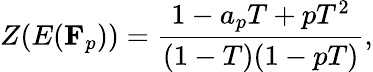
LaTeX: Z(E(\mathbf{F}_{p}))={\frac{1-a_{p}T+pT^{2}}{(1-T)(1-pT)}},